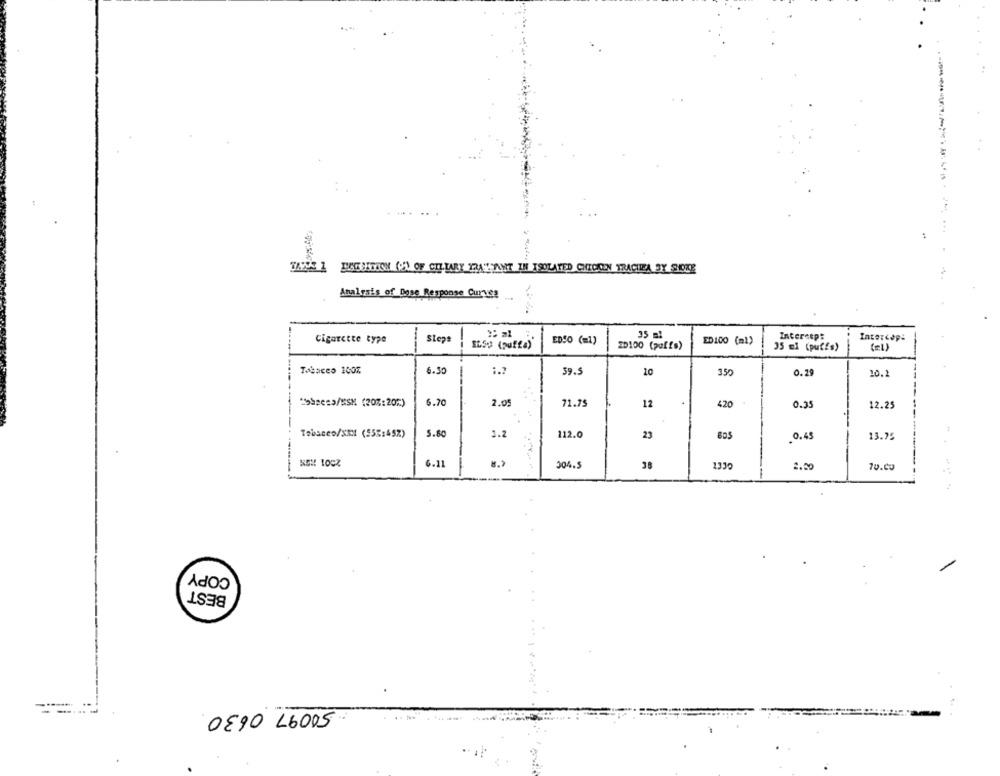
TANE 1 ENGESTION (O) OF CELLABY TRAITANT IN ISOLATED CHICKEN TRACHEA BY SICKE
Analysis of Dose Response Curves
35 m!
Intercep:
Cigarette type
Step
EDSO (=1)
ED100 (ml)
Intercep:
20100 (poffs)
35 ml (puffs)
Tobacco 100%
6.30
59.5
10
350
0.29
10.2
Possess/MSM (20%:202)
6.70
2.05
71.75
12
420
0.35
12.25
Tobacco/xMI (558:45%)
5.80
1.2
112.0
23
805
0.45
13.75
6.11
304.5
38
1330
-
10.00
COPY
BEST
DE90 Lb005